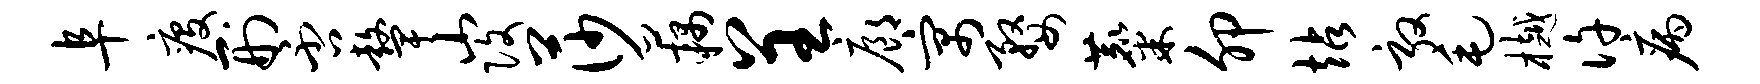
阜疫刑否鼙山改莎藕呈廊寓婺麋卯站敦毛樾许病